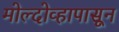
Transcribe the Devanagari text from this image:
मोल्दोव्हापासून